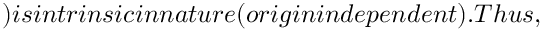
) i s i n t r i n s i c i n n a t u r e ( o r i g i n i n d e p e n d e n t ) . T h u s ,